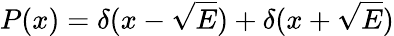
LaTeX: P(x)=\delta(x-\sqrt{E})+\delta(x+\sqrt{E})